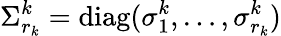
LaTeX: \Sigma_{r_{k}}^{k}=\mathrm{diag}{(\sigma_{1}^{k},\dots,\sigma_{r_{k}}^{k})}